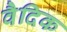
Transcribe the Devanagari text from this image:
वैदिक